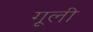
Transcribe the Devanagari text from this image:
गूली